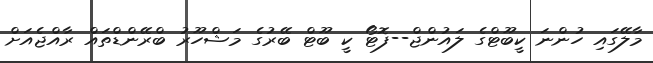
މާލޭގައި ހުންނަ ކީބޫޓްގެ ލައުންޖް--ފޮޓޯ ކީ ބޫޓް ބޭރުގެ މަޝްހޫރު ބްރޭންޑްތައް ރާއްޖެއަށް